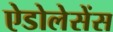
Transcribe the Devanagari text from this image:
ऐडोलेसेंस